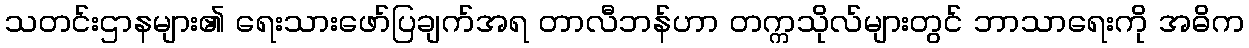
သတင်းဌာနများ၏ ရေးသားဖော်ပြချက်အရ တာလီဘန်ဟာ တက္ကသိုလ်များတွင် ဘာသာရေးကို အဓိက